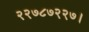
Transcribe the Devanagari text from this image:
२२७८७२२७।